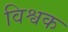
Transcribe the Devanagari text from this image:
विश्वक